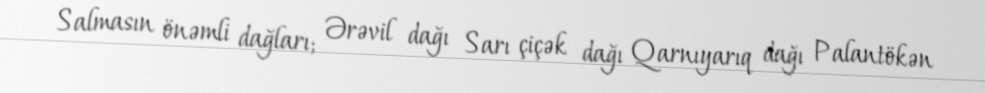
Salmasın önəmli dağları; Ərəvil dağı Sarı çiçək dağı Qarnıyarıq dağı Palantökən